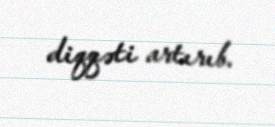
diqqəti artırıb.